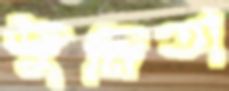
জুনিতা